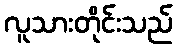
လူသားတိုင်းသည်